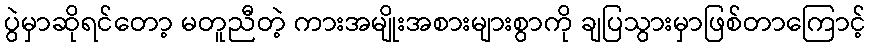
ပွဲမှာဆိုရင်တော့ မတူညီတဲ့ ကားအမျိုးအစားများစွာကို ချပြသွားမှာဖြစ်တာကြောင့်